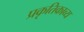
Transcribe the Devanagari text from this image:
प्रकृतिकाव्य